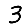
Digit: 3